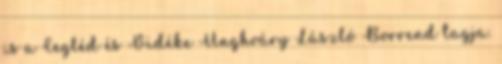
is a Cegléd és Vidéke Unghváry László Borrend tagja.